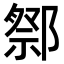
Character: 𨝋